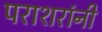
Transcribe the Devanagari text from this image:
पराशरांनी